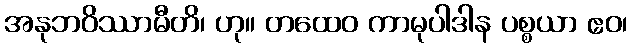
အနုဘဝိဿာမီတိ၊ ဟု။ တထေဝ ကာမုပါဒါန ပစ္စယာ ဧဝ၊